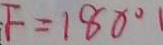
F = 1 8 0 ^ { \circ }